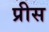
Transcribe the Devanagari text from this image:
प्रीस